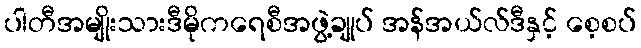
ပါတီအမျိုးသားဒီမိုကရေစီအဖွဲ့ချုပ် အန်အယ်လ်ဒီနှင့် စေ့စပ်